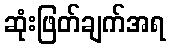
ဆုံးဖြတ်ချက်အရ